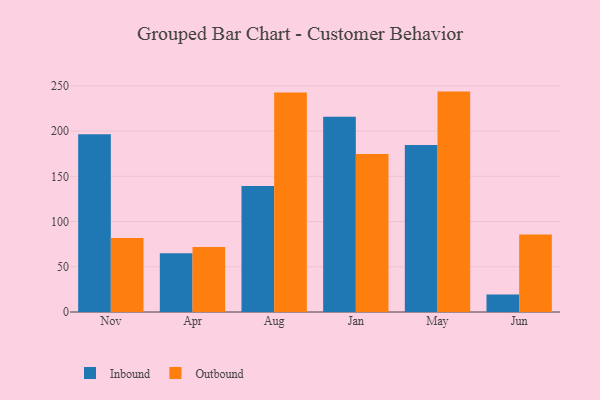
{"axis": {"x": "Month", "y": "Revenue (USD Million)"}, "legend": ["Inbound", "Outbound"], "data": [{"x": "Nov", "y": 196.6, "type": "Inbound"}, {"x": "Nov", "y": 81.7, "type": "Outbound"}, {"x": "Apr", "y": 64.9, "type": "Inbound"}, {"x": "Apr", "y": 72.0, "type": "Outbound"}, {"x": "Aug", "y": 139.2, "type": "Inbound"}, {"x": "Aug", "y": 242.7, "type": "Outbound"}, {"x": "Jan", "y": 216.0, "type": "Inbound"}, {"x": "Jan", "y": 174.6, "type": "Outbound"}, {"x": "May", "y": 184.7, "type": "Inbound"}, {"x": "May", "y": 243.7, "type": "Outbound"}, {"x": "Jun", "y": 19.4, "type": "Inbound"}, {"x": "Jun", "y": 85.7, "type": "Outbound"}]}